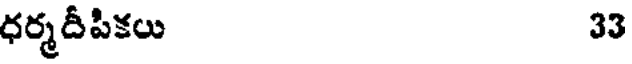
ధర్మదీపికలు 33